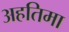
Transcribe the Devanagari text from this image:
अहतिमा